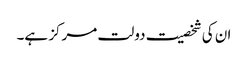
ان کی شخصیت دولت مرکز ہے۔